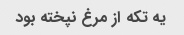
یه تکه از مرغ نپخته بود